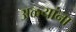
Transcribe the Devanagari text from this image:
अळ्यांना